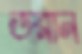
ডরান